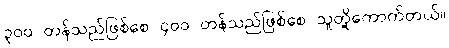
၃၀၀ တန်သည်ဖြစ်စေ ၄၀၀ တန်သည်ဖြစ်စေ သူတို့ကောက်တယ်။